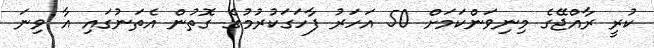
ކުރީ ރާއްޖޭގެ މިނިވަންކަމަށް 50 އަހަރު ފާހަގަކުރުމުގެ ގޮތުން އެތަނުގައި އާ ވިނަ